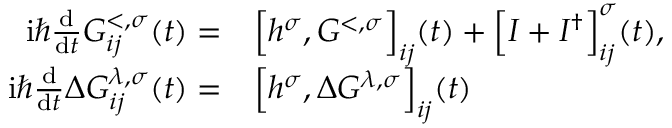
\begin{array} { r l } { \mathrm { i } \hbar \frac { \mathrm { d } } { \mathrm { d } t } G _ { i j } ^ { < , \sigma } ( t ) = } & { { } \Big [ h ^ { \sigma } , G ^ { < , \sigma } \Big ] _ { i j } ( t ) + \Big [ I + I ^ { \dagger } \Big ] _ { i j } ^ { \sigma } ( t ) , } \\ { \mathrm { i } \hbar \frac { \mathrm { d } } { \mathrm { d } t } \Delta G _ { i j } ^ { \lambda , \sigma } ( t ) = } & { { } \Big [ h ^ { \sigma } , \Delta G ^ { \lambda , \sigma } \Big ] _ { i j } ( t ) } \end{array}